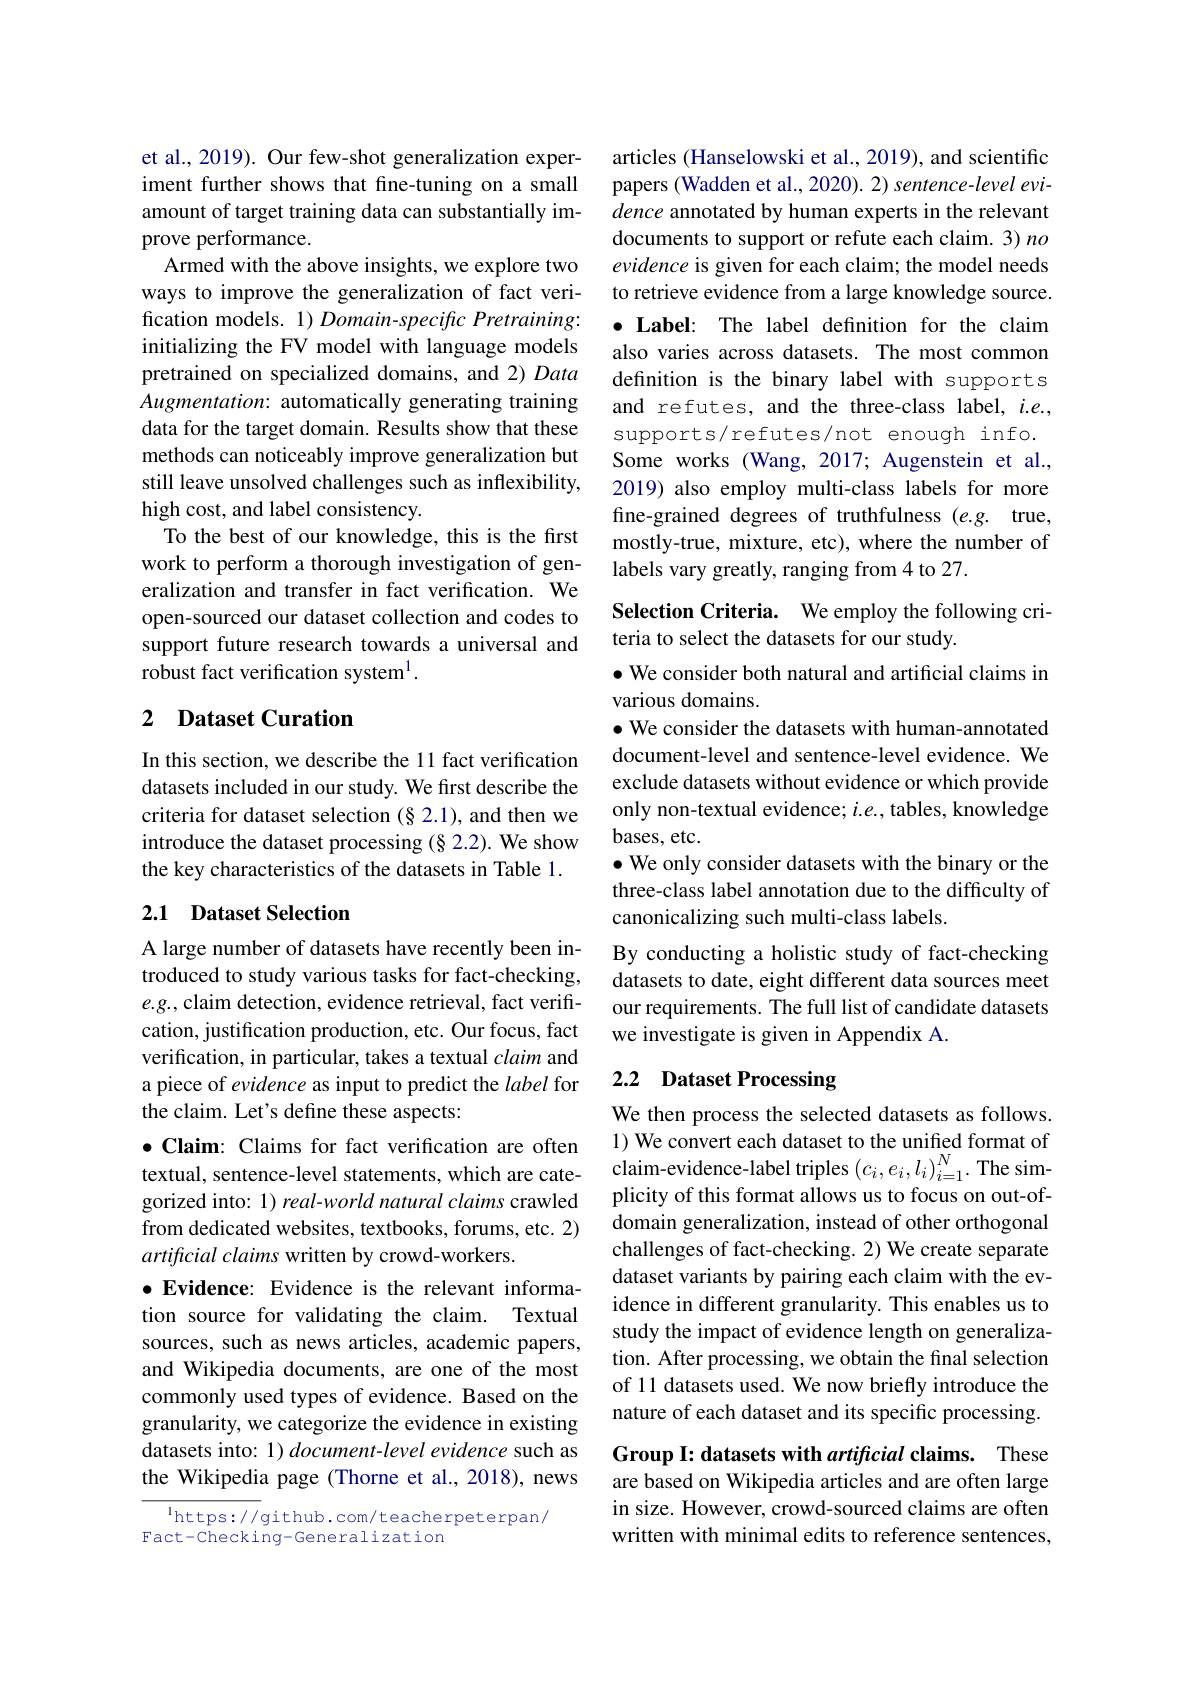
et al., 2019). Our few-shot generalization experiment further shows that fine-tuning on a small amount of target training data can substantially improve performance.
Armed with the above insights, we explore two ways to improve the generalization of fact verification models. 1) Domain-specific Pretraining: initializing the FV model with language models pretrained on specialized domains, and 2) Data Augmentation: automatically generating training data for the target domain. Results show that these methods can noticeably improve generalization but still leave unsolved challenges such as inflexibility, high cost, and label consistency.
To the best of our knowledge, this is the first work to perform a thorough investigation of generalization and transfer in fact verification. We open-sourced our dataset collection and codes to support future research towards a universal and robust fact verification system$^{1}.$

## 2 Dataset Curation

In this section, we describe the 11 fact verification datasets included in our study. We first describe the criteria for dataset selection (§2.1), and then we introduce the dataset processing (§ 2.2). We show the key characteristics of the datasets in Table 1.

## 2.1 Dataset Selection

A large number of datasets have recently been introduced to study various tasks for fact-checking, $e.g.$,claim detection, evidence retrieval, fact verification, justification production, etc. Our focus, fact verification, in particular, takes a textual claim and a piece of evidence as input to predict the label for the claim. Let's define these aspects:

$\bullet \textbf{Claim: Claims for fact verification are often}$ gorized into: 1) real-world natural claims crawled from dedicated websites, textbooks, forums, etc. 2) artificial claims written by crowd-workers.
$\bullet$ Evidence: Evidence is the relevant information source for validating the claim. Textual sources, such as news articles, academic papers, and Wikipedia documents, are one of the most commonly used types of evidence. Based on the granularity, we categorize the evidence in existing datasets into: 1) document-level evidence such as the Wikipedia page (Thorne et al., 2018), news

$^{\mathrm{l}}$https://github.com/teacherpeterpan/
Fact-Checking-Generalization

articles (Hanselowski et al., 2019), and scientific papers (Wadden et al., 2020). 2) sentence-level evidence annotated by human experts in the relevant documents to support or refute each claim. 3) no evidence is given for each claim; the model needs to retrieve evidence from a large knowledge source. $\bullet$ Label: The label defnition for the claim also varies across datasets. The most common definition is the binary label with supports and refutes, and the three-class label, $i.e.$, supports/refutes/not enough info. Some works (Wang, 2017; Augenstein et al., 2019) also employ multi-class labels for more fine-grained degrees of truthfulness (e.g. true, mostly-true, mixture, etc), where the number of labels vary greatly, ranging from 4 to 27.

Selection Criteria. We employ the following cri-
teria to select the datasets for our study.

$\bullet$ We consider both natural and artificial claims in
various domains.
$\bullet$ We consider the datasets with human-annotated document-level and sentence-level evidence. We exclude datasets without evidence or which provide only non-textual evidence; $i.e.$, tables, knowledge bases, etc.
$\bullet$ We only consider datasets with the binary or the three-class label annotation due to the difficulty of canonicalizing such multi-class labels.
By conducting a holistic study of fact-checking datasets to date, eight different data sources meet our requirements. The full list of candidate datasets we investigate is given in Appendix A.

# 2.2 Dataset Processing

We then process the selected datasets as follows. 1) We convert each dataset to the unified format of
textual, sentence-level statements, which are cate- claim-evidence-label triples $(c_i,e_i,l_i)_{i=1}^N.$ The sim-
plicity of this format allows us to focus on out-ofdomain generalization, instead of other orthogonal challenges of fact-checking. 2) We create separate dataset variants by pairing each claim with the evidence in different granularity. This enables us to study the impact of evidence length on generalization. After processing, we obtain the final selection of 11 datasets used. We now briefly introduce the nature of each dataset and its specific processing.

Group I: datasets with artificial claims. These

are based on Wikipedia articles and are often large in size. However, crowd-sourced claims are often written with minimal edits to reference sentences,